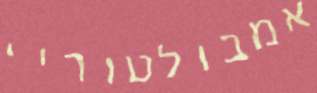
אמבולטוריי